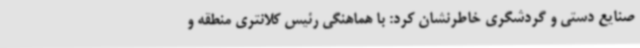
صنایع دستی و گردشگری خاطرنشان کرد: با هماهنگی رئیس کلانتری منطقه و